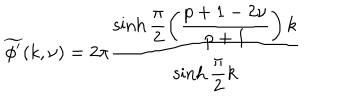
LaTeX: \widetilde { \phi ^ { \prime } } ( k , \nu ) = 2 \pi \displaystyle \frac { \sinh \displaystyle \frac { \pi } { 2 } \left( \displaystyle \frac { p + 1 - 2 \nu } { p + 1 } \right) k } { \sinh \displaystyle \frac { \pi } { 2 } k }